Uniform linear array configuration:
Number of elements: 48
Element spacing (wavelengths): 0.5
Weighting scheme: exponential
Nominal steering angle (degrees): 30
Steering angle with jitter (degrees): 29.566
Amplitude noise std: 0.05
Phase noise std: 0.05

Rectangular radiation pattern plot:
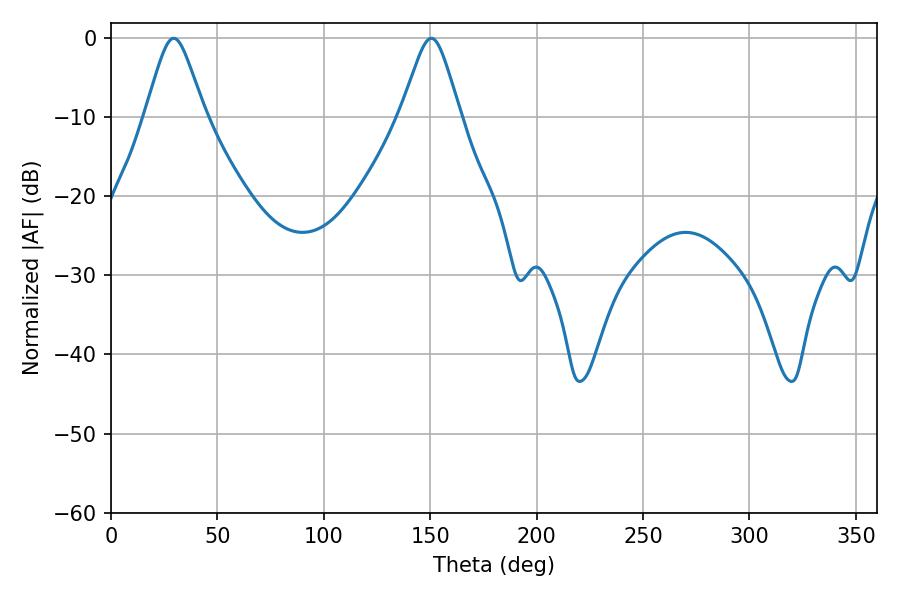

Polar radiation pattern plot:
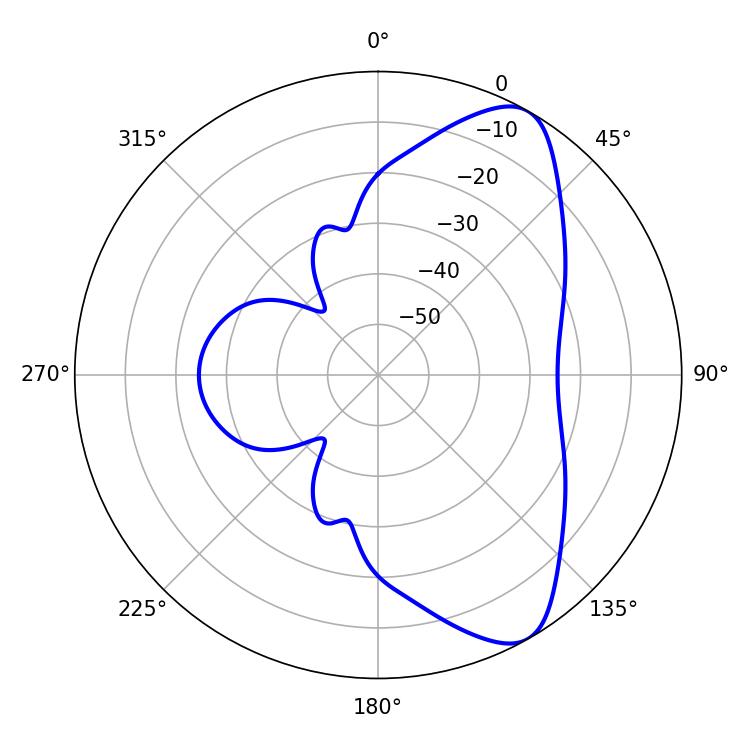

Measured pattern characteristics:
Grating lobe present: FALSE
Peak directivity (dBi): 8.421
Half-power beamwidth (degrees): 13.32
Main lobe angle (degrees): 29.52